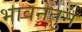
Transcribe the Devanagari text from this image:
भावनेतुन